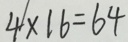
4 \times 1 6 = 6 4